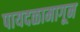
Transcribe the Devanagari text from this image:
पायदळामागून